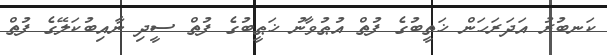
ކަނބުރު އަދަރަހަން ޚަތީބުގެ ފުތް އުޠުވާނު ޚަޠީބުގެ ފުތް ސީދި ނާއިބުކަލޭގެ ފުތް